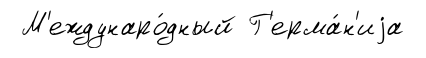
М'еждунаро́дный Г'ерма́н'иjа